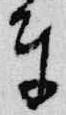
奉